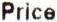
PRICE